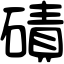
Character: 磧